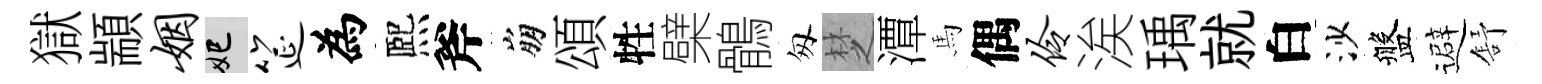
獄顓姻妃筵為熈斧崩頌牲檗鶻匆椘潭馬偶伶涘瑀就白沙盤避舒